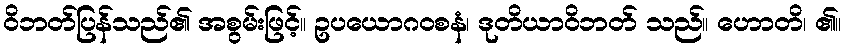
ဝိဘတ်ပြန်သည်၏ အစွမ်းဖြင့်။ ဥပယောဂဝစနံ၊ ဒုတိယာဝိဘတ် သည်။ ဟောတိ၊ ၏။